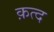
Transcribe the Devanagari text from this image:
क़त्द